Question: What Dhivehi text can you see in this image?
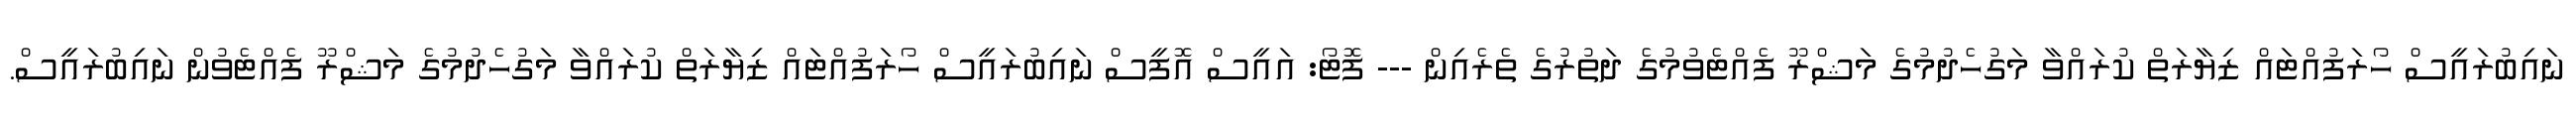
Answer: ނައިބުރައީސް ހޯރަފުއްޓައް ޒިޔާރަތް ކުރައްވާ މަގުހެދުމުގެ މަޝްރޫ ފެއްޓެވުމުގެ ދަތުރުގެ ތެރެއިން --- ފޮޓޯ: އައީސް އޮފީސް ނައިބުރައީސް ހޯރަފުއްޓައް ޒިޔާރަތް ކުރައްވާ މަގުހެދުމުގެ މަޝްރޫ ފެއްޓެވުން ނައިބުރައީސް.